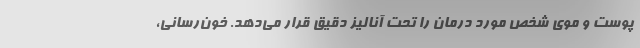
پوست و موی شخص مورد درمان را تحت آنالیز دقیق قرار می‌دهد. خون‌رسانی،